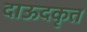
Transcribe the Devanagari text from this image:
दाऊदकृत